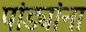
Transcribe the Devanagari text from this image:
पांड्यांना